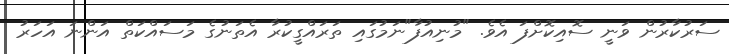
ސަރުކާރުން ވަނީ ސޮއިކޮށްފަ އެވެ. "މުނިއުފާ"ނަމުގައި ތަރައްގީކުރާ އެތަނުގެ މަސައްކަތް އަންނަ އަހަރު